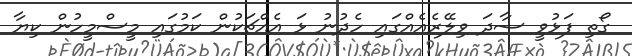
ގޯތި ފަޅުވީ ސާދަ ވިލޭރެއެއްގައި ހެދުނު ޅަ އެއްޗަކުން ކަމުގައި މީސްމީހުން ކިޔާ